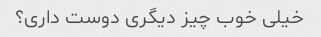
خیلی خوب چیز دیگری دوست داری؟